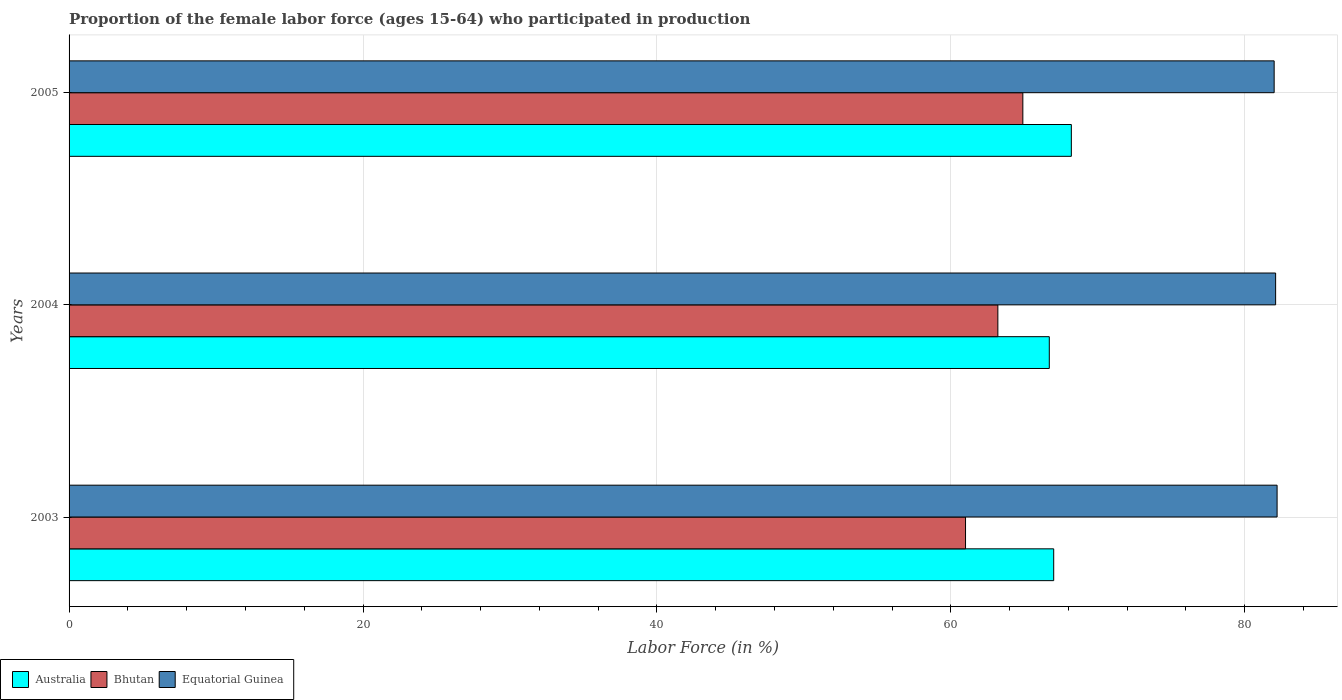
| Years | Australia | Bhutan | Equatorial Guinea |
 | --- | --- | --- | --- |
 | 2003 | 67 | 61 | 82.2 |
 | 2004 | 66.7 | 63.2 | 82.1 |
 | 2005 | 68.2 | 64.9 | 82 |